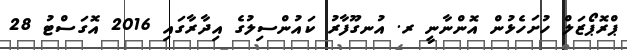
ޕްރޮޕޯޒަލް ހުށަހެޅުން އޮންނާނީ ރ. އުނގޫފާރު ކައުންސިލުގެ އިދާރާގައި 2016 އޮގަސްޓު 28